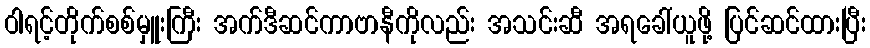
ဝါရင့်တိုက်စစ်မှူးကြီး အက်ဒီဆင်ကာဗာနီကိုလည်း အသင်းဆီ အရခေါ်ယူဖို့ ပြင်ဆင်ထားပြီး